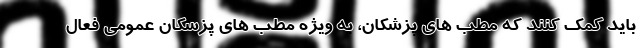
باید کمک کنند که مطب های پزشکان، به ویژه مطب های پزشکان عمومی فعال